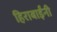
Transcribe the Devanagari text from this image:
हिराबाईंनी